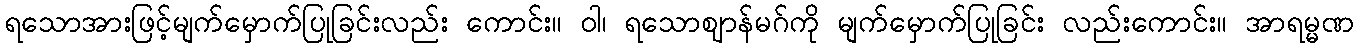
ရသောအားဖြင့်မျက်မှောက်ပြုခြင်းလည်း ကောင်း။ ဝါ၊ ရသောဈာန်မဂ်ကို မျက်မှောက်ပြုခြင်း လည်းကောင်း။ အာရမ္မဏ